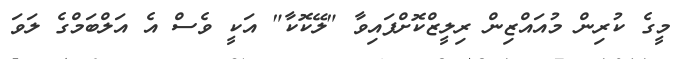
މީގެ ކުރިން މުއައްޒިން ރިލީޒްކޮށްފައިވާ "ލޭކޮކާ" އަކީ ވެސް އެ އަލްބަމްގެ ލަވަ